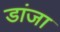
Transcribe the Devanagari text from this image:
डांजा